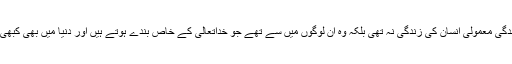
ان کی زندگی معمولی انسان کی زندگی نہ تھی بلکہ وہ ان لوگوں میں سے تھے جو خداتعالیٰ کے خاص بندے ہوتے ہیں اور دنیا میں بھی کبھی آتے ہیں۔